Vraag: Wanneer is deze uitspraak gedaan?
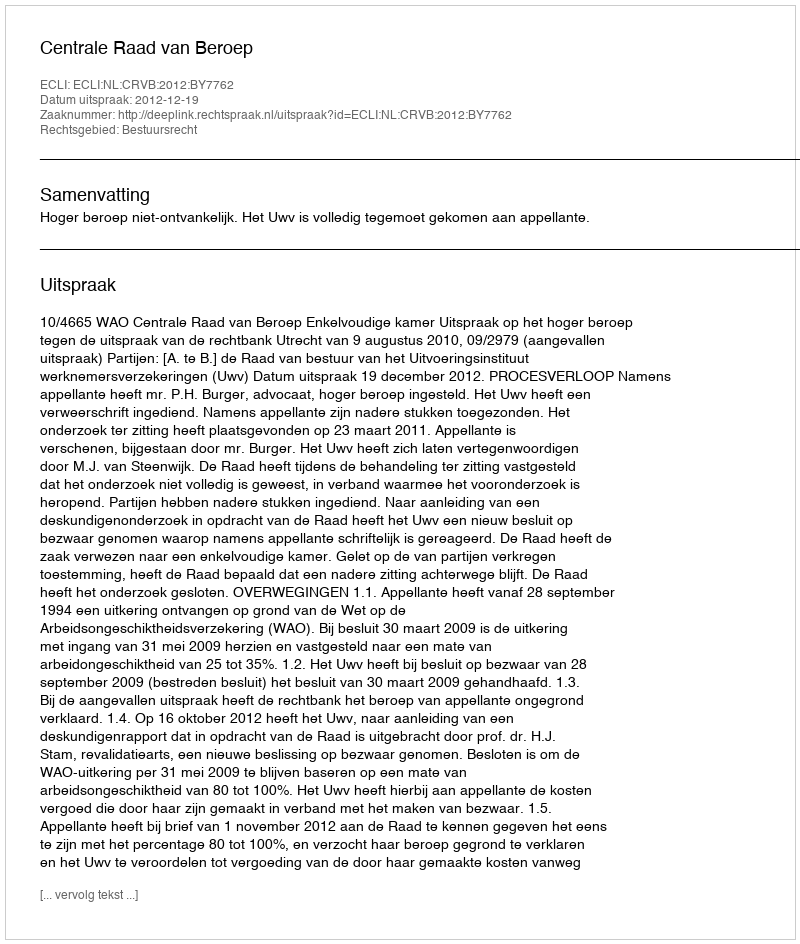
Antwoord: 2012-12-19